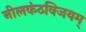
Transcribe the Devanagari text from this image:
नीलकंठविजयम्